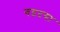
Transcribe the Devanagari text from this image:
गद्गदया